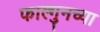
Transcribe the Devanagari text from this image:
फाल्गुनच्या